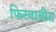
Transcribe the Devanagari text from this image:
फिरवावीत